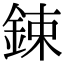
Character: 鋉